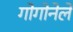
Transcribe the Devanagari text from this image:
गोगोनेले